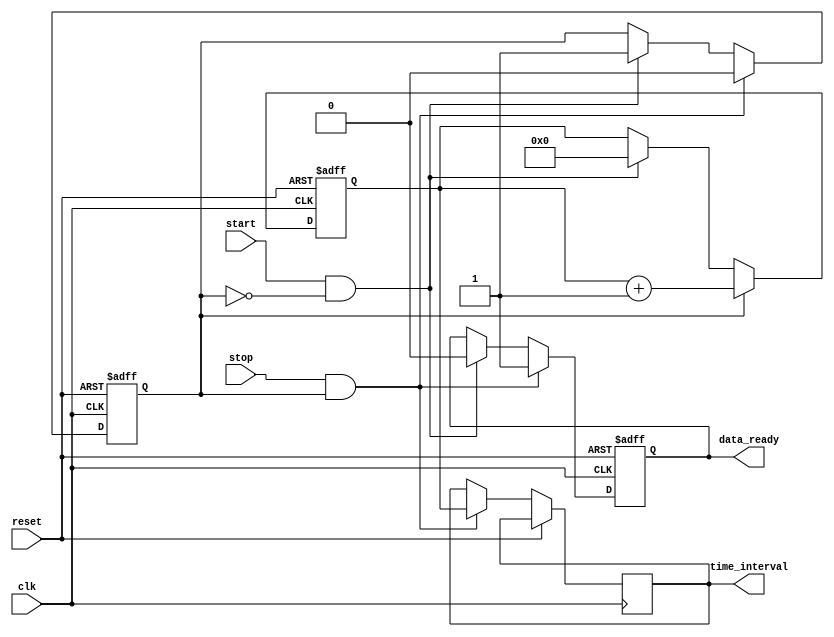
module TDC (
    input wire clk,          // Clock signal
    input wire start,        // Start signal
    input wire stop,         // Stop signal
    output reg [15:0] time_interval, // Measured time interval in clock cycles
    output reg data_ready,    // Signal indicating valid output data
    input wire reset          // Asynchronous reset
);

    reg [15:0] counter;      // 16-bit counter for counting clock cycles
    reg capturing;           // State to indicate if we are capturing time
    reg [15:0] memory [0:255]; // Simple memory block to store up to 256 time intervals
    reg [7:0] mem_ptr;       // Pointer for memory write location

    // Asynchronous reset and counter control
    always @(posedge clk or posedge reset) begin
        if (reset) begin
            counter <= 16'b0;
            capturing <= 1'b0;
            data_ready <= 1'b0;
            mem_ptr <= 8'b0;
        end else begin
            // Start capturing on rising edge of start signal
            if (start && !capturing) begin
                counter <= 16'b0; // Reset counter
                capturing <= 1'b1; // Start capturing
                data_ready <= 1'b0; // Clear data ready signal
            end
            
            // Increment counter if capturing
            if (capturing) begin
                counter <= counter + 1;
            end
            
            // Stop capturing on rising edge of stop signal
            if (stop && capturing) begin
                time_interval <= counter; // Capture the current count value
                memory[mem_ptr] <= counter; // Store in memory
                mem_ptr <= mem_ptr + 1; // Increment memory pointer
                capturing <= 1'b0; // Stop capturing
                data_ready <= 1'b1; // Set data ready signal
            end
        end
    end

endmodule